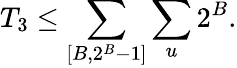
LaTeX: T_{3}\leq\sum_{[B,2^{B}-1]}\sum_{u}2^{B}.